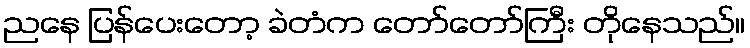
ညနေ ပြန်ပေးတော့ ခဲတံက တော်တော်ကြီး တိုနေသည်။